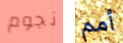
نجوم أمم